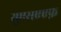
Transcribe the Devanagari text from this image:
यूएसएएफ़